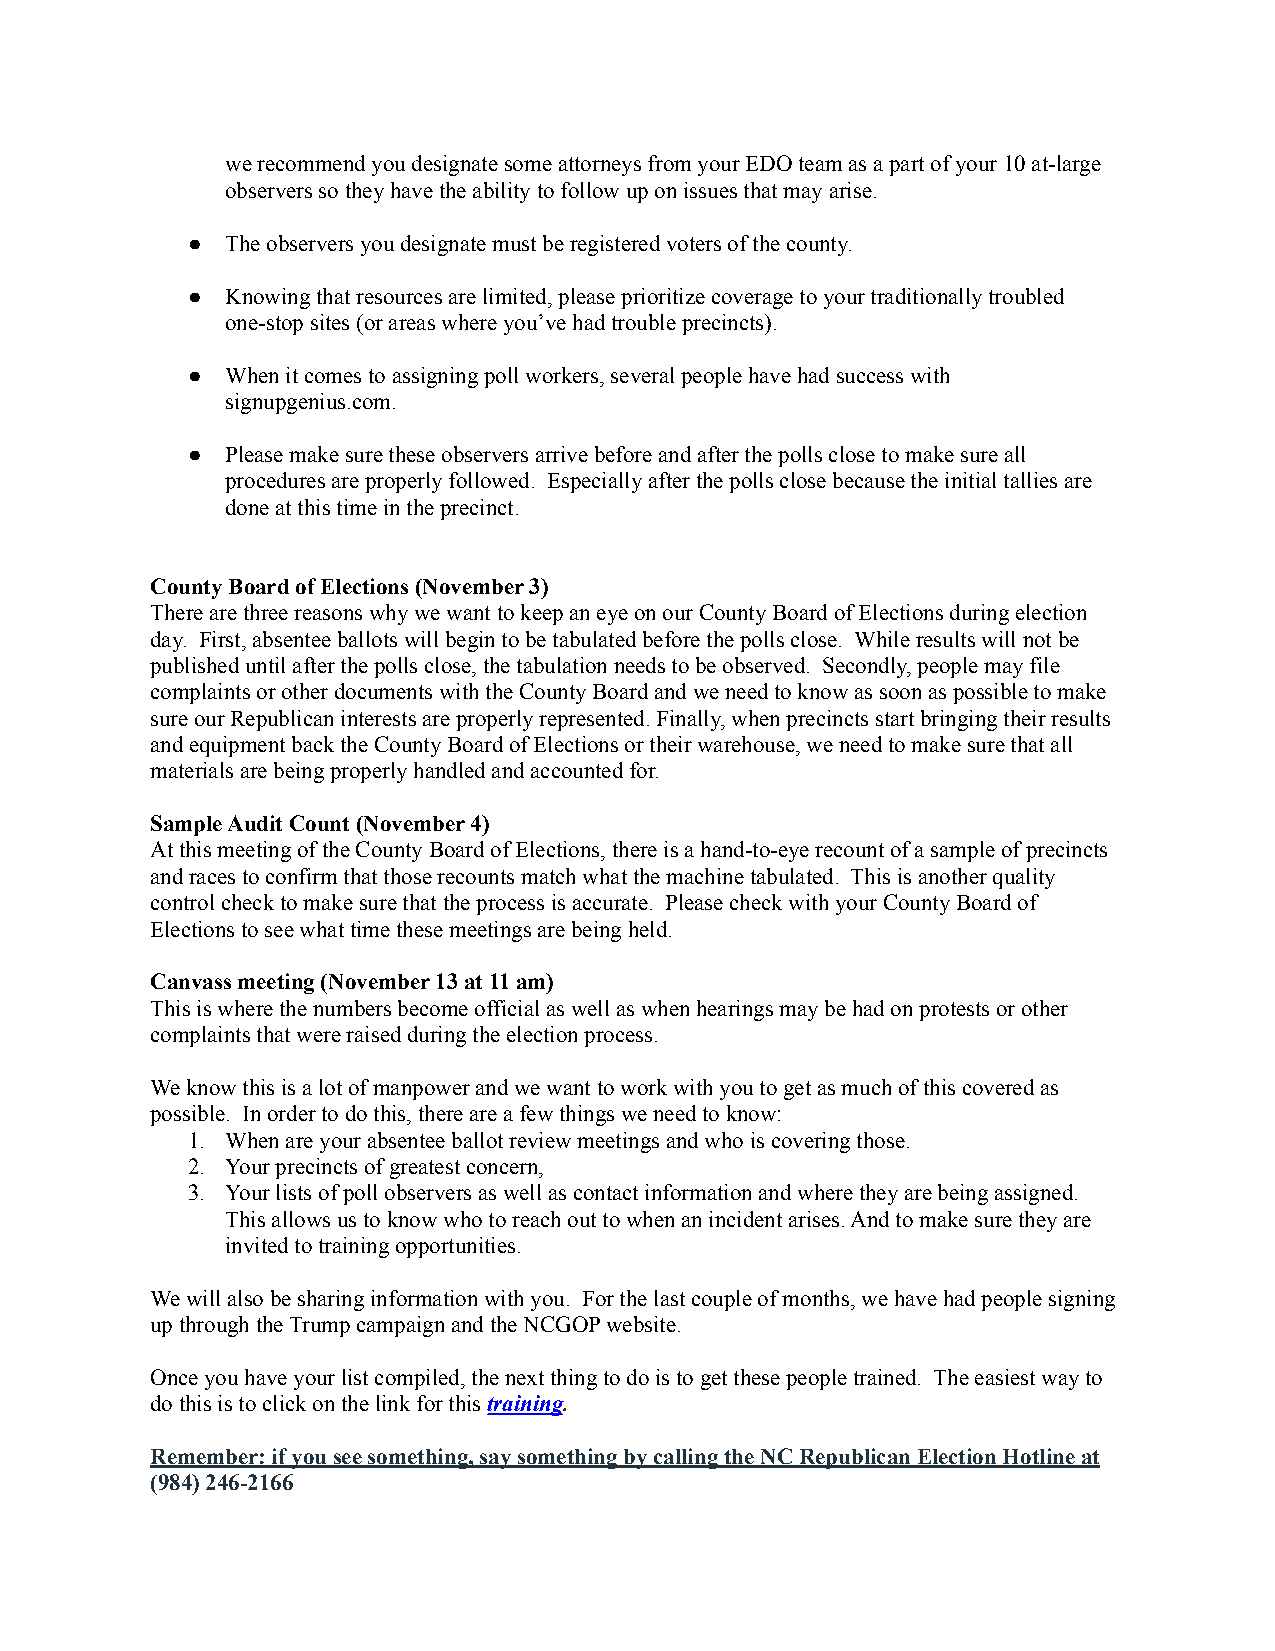
we recommend you designate some attorneys from your EDO team as a part of your 10 at-large
 observers so they have the ability to follow up on issues that may arise.
 ●  The observers you designate must be registered voters of the county.
 ●  Knowing that resources are limited, please prioritize coverage to your traditionally troubled
 one-stop sites (or areas where you’ve had trouble precincts).
 ●  When it comes to assigning poll workers, several people have had success with
 signupgenius.com.
 ●  Please make sure these observers arrive before and after the polls close to make sure all
 procedures are properly followed. Especially after the polls close because the initial tallies are
 done at this time in the precinct.
 County Board of Elections (November 3)
 There are three reasons why we want to keep an eye on our County Board of Elections during election
 day. First, absentee ballots will begin to be tabulated before the polls close. While results will not be
 published until after the polls close, the tabulation needs to be observed. Secondly, people may file
 complaints or other documents with the County Board and we need to know as soon as possible to make
 sure our Republican interests are properly represented. Finally, when precincts start bringing their results
 and equipment back the County Board of Elections or their warehouse, we need to make sure that all
 materials are being properly handled and accounted for.
 Sample Audit Count (November 4)
 At this meeting of the County Board of Elections, there is a hand-to-eye recount of a sample of precincts
 and races to confirm that those recounts match what the machine tabulated. This is another quality
 control check to make sure that the process is accurate. Please check with your County Board of
 Elections to see what time these meetings are being held.
 Canvass meeting(November 13 at 11 am)
 This is where the numbers become official as well as when hearings may be had on protests or other
 complaints that were raised during the election process.
 We know this is a lot of manpower and we want to work with you to get as much of this covered as
 possible. In order to do this, there are a few things we need to know:
 1. When are your absentee ballot review meetings and who is covering those.
 2. Your precincts of greatest concern,
 3. Your lists of poll observers as well as contact information and where they are being assigned.
 This allows us to know who to reach out to when an incident arises. And to make sure they are
 invited to training opportunities.
 We will also be sharing information with you. For the last couple of months, we have had people signing
 up through the Trump campaign and the NCGOP website.
 Once you have your list compiled, the next thing to do is to get these people trained. The easiest way to
 do this is to click on the link for thistraining.
 Remember: if you see something, say something by calling the NC Republican Election Hotline at
 (984) 246-2166